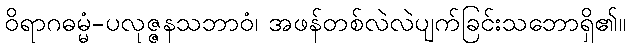
ဝိရာဂဓမ္မံ-ပလုဇ္ဇနသဘာဝံ၊ အဖန်တစ်လဲလဲပျက်ခြင်းသဘောရှိ၏။